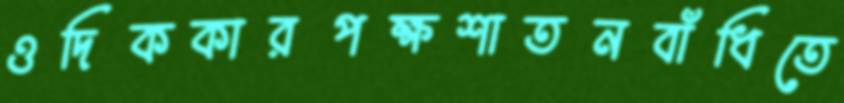
ওদিককারপক্ষশাতনবাঁধিতে